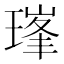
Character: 𪼇